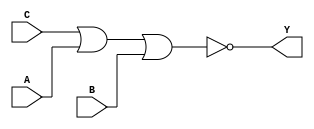
module sky130_fd_sc_ms__nor3_6 (
    Y,
    A,
    B,
    C
);
    output Y;
    input  A;
    input  B;
    input  C;
    wire nor0_out_Y;
    nor nor0 (nor0_out_Y, C, A, B        );
    buf buf0 (Y         , nor0_out_Y     );
endmodule